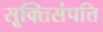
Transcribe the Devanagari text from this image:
सूक्तिसंपत्ति